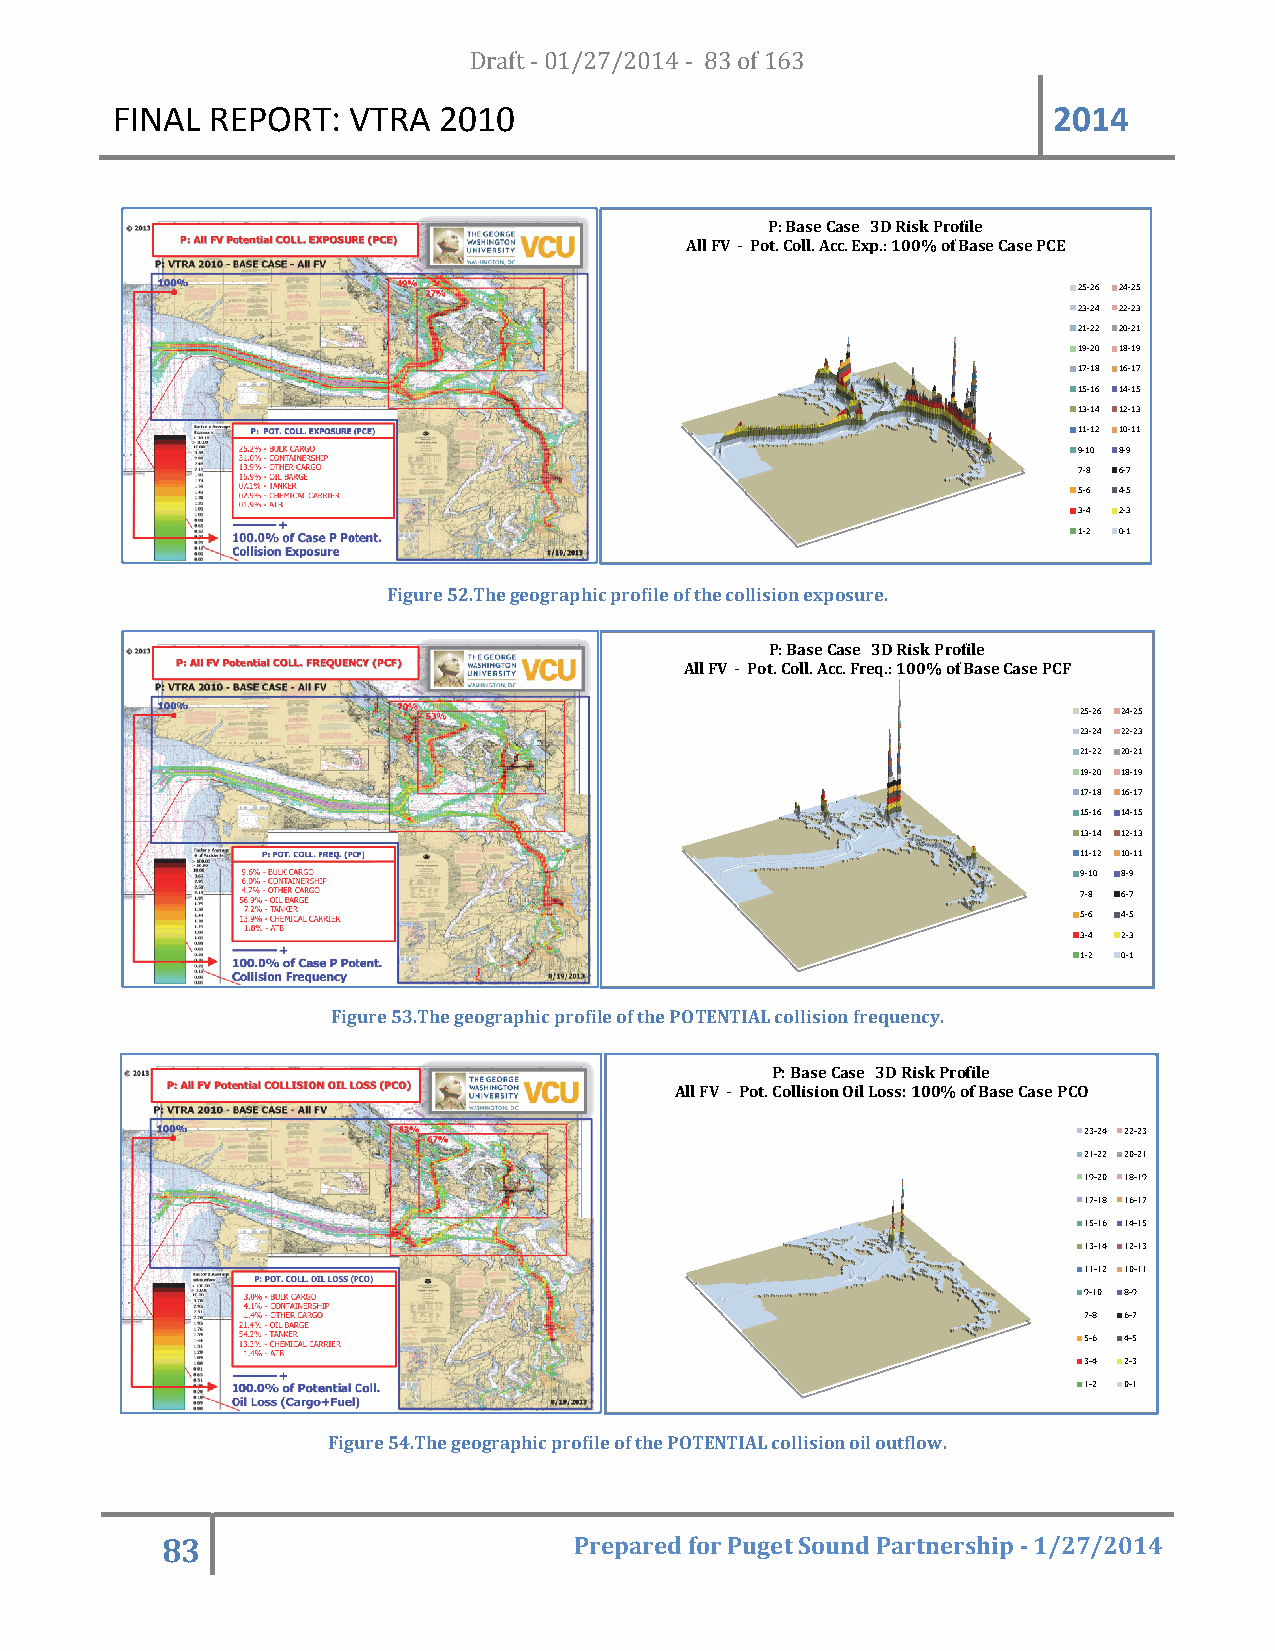
FFINAL REEPORT: VVTRA 20D1r0af t - 01/27/2014 - 83 of 163      2014
 P: Base CCase 3D Risk Proofile
 All FFV - Pot. Coll. Accc. Exp.: 100% off Base Case PCE
 25-26 24-25
 23-24 22-23
 21-22 20-21
 19-20 18-19
 17-18 16-17
 15-16 14-15
 13-14 12-13
 11-12 10-11
 9-10 8-9
 7-8 6-7
 5-6 4-5
 3-4 2-3
 1-2 0-1
 Figure 52.TThe geographiic profile of thee collision exposure.
 P: Base CCase 3D Risk Proofile
 All FFV - Pot. Coll. Accc. Freq.: 100% oof Base Case PCF
 25-26 24-25
 23-24 22-23
 21-22 20-21
 19-20 18-19
 17-18 16-17
 15-16 14-15
 13-14 12-13
 11-12 10-11
 9-10 8-9
 7-8 6-7
 5-6 4-5
 3-4 2-3
 1-2 0-1
 Figure 53.The geoographic profiile of the POTEENTIAL collisioon frequency.
 P: Base CCase 3D Risk Prrofile
 All FVV - Pot. Collisionn Oil Loss: 100%% of Base Case PCCO
 23-24 22-23
 21-22 20-21
 19-20 18-19
 17-18 16-17
 15-16 14-15
 13-14 12-13
 11-12 10-11
 9-10 8-9
 7-8 6-7
 5-6 4-5
 3-4 2-3
 1-2 0-1
 Figuure 54.The geoographic profille of the POTENTIAL collision oil outflow.
 83                         Prrepared forr Puget Souund Partnership - 1/227/2014